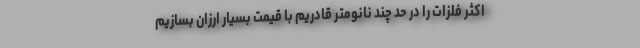
اکثر فلزات را در حد چند نانومتر قادریم با قیمت بسیار ارزان بسازیم